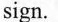
sign.